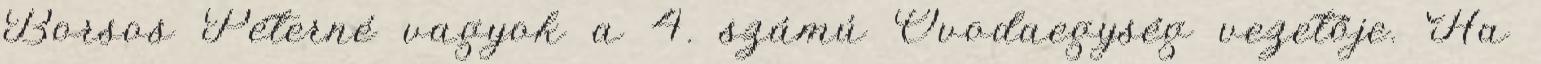
Borsos Péterné vagyok a 4. számú Óvodaegység vezetője. Ha